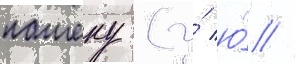
пашеку (у́ ю́ //